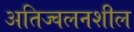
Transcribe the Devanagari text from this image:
अतिज्वलनशील